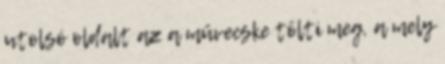
utolsó oldalt az a művecske tölti meg, a mely